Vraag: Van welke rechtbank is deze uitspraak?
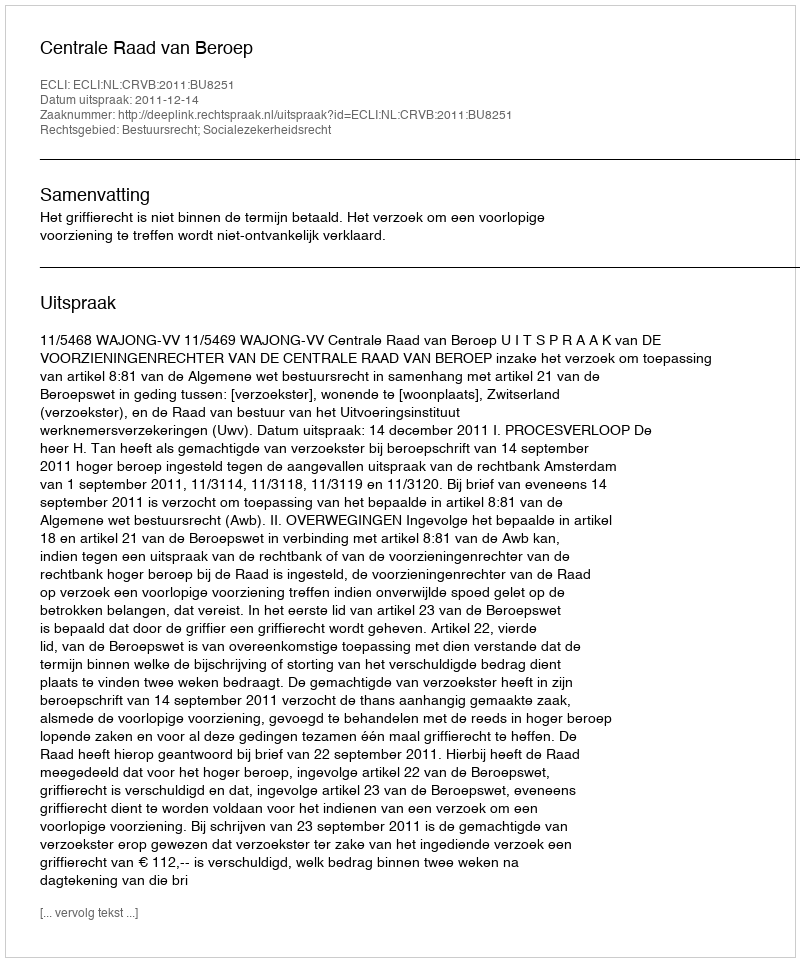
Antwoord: Centrale Raad van Beroep